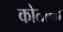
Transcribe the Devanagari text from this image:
कोताना